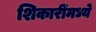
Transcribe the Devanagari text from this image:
शिकारींमध्ये